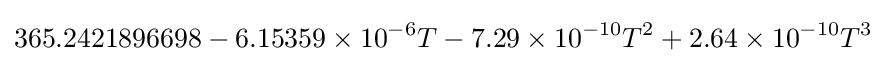
365.2421896698-6.15359\times 10^{-6}T-7.29\times 10^{-10}T^{2}+2.64\times 10^{-10}T^{3}